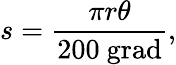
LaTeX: s={\frac{\pi r\theta}{200\ {\mathrm{grad}}}},